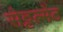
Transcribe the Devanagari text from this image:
सेट्टल्मेंट